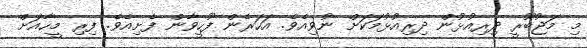
މި މަޖުބޫރީ ދިރިއުޅުން ދިރިއުޅުމަކަށް ނުވިއެވެ. އަހަރެން ފޫހީވާން ފެށިއެވެ. ފިރި މީހާއަށް